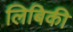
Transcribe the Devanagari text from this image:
लिबिकी